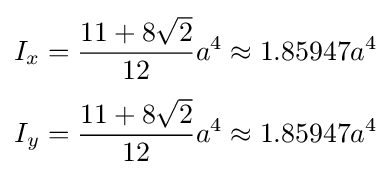
{\begin{aligned}I_{x}&={\frac {11+8{\sqrt {2}}}{12}}a^{4}\approx 1.85947a^{4}\\[3pt]I_{y}&={\frac {11+8{\sqrt {2}}}{12}}a^{4}\approx 1.85947a^{4}\end{aligned}}